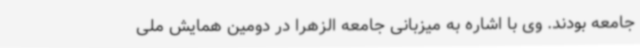
جامعه بودند. وی با اشاره به میزبانی جامعه الزهرا در دومین همایش ملی